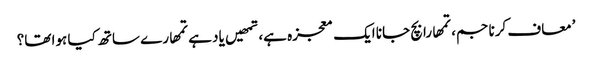
’معاف کرنا جم، تمھارا بچ جانا ایک معجزہ ہے، تمھیں یاد ہے تمھارے ساتھ کیا ہوا تھا؟